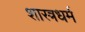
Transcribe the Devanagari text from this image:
शास्त्रधर्म